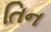
તિન